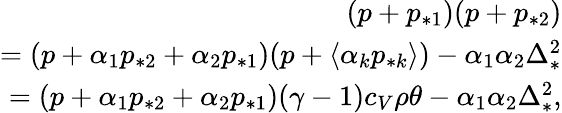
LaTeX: \begin{array}{r}{(p+p_{*1})(p+p_{*2})}\\ {=(p+\alpha_{1}p_{*2}+\alpha_{2}p_{*1})(p+\langle\alpha_{k}p_{*k}\rangle)-\alpha_{1}\alpha_{2}\Delta_{*}^{2}}\\ {=(p+\alpha_{1}p_{*2}+\alpha_{2}p_{*1})(\gamma-1)c_{V}\rho\theta-\alpha_{1}\alpha_{2}\Delta_{*}^{2},}\end{array}